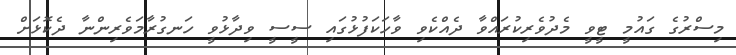
މިސްރުގެ ގައުމީ ޓީވީ މެދުވެރިކުރައްވާ ދެއްކެވި ވާހަކަފުޅުގައި ސީސީ ވިދާޅުވީ ހަނގުރާމަވެރިންނާ ދެކޮޅަށް